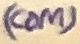
Text: (COM)